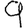
Digit: 9